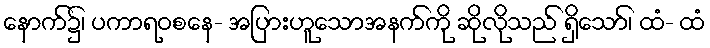
နောက်၌၊ ပကာရဝစနေ- အပြားဟူသောအနက်ကို ဆိုလိုသည် ရှိသော်၊ ထံ- ထံ